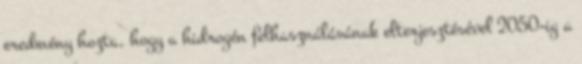
eredmény hozta, hogy a hidrogén felhasználásának elterjesztésével 2050-ig a